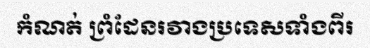
កំណត់ ព្រំដែនរវាងប្រទេសទាំងពីរ